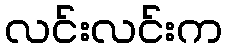
လင်းလင်းက